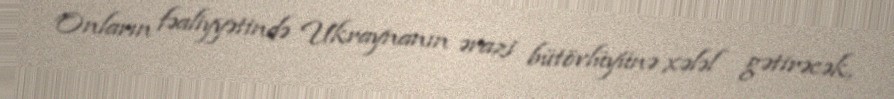
Onların fəaliyyətində Ukraynanın ərazi bütövlüyünə xələl gətirəcək,